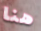
هنا